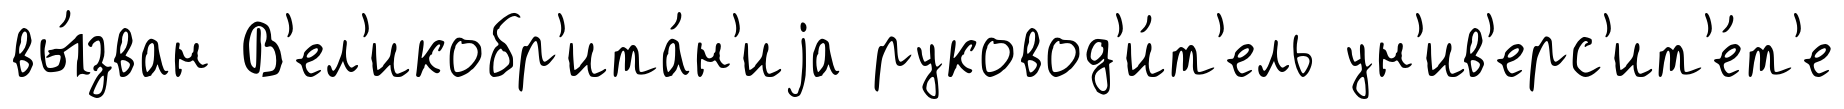
вы́зван В'ел'икобр'ита́н'иjа руковод'и́т'ель ун'ив'ерс'ит'е́т'е